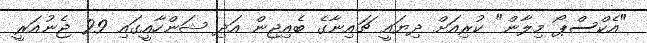
"އެކްސްޕޯ މިލާން" ކުރިއަށް ދިޔައީ ޗައިނާގެ ބެއިޖިން އަދި ޝަންހާއީގައި 29 ޖެނުއަރީ